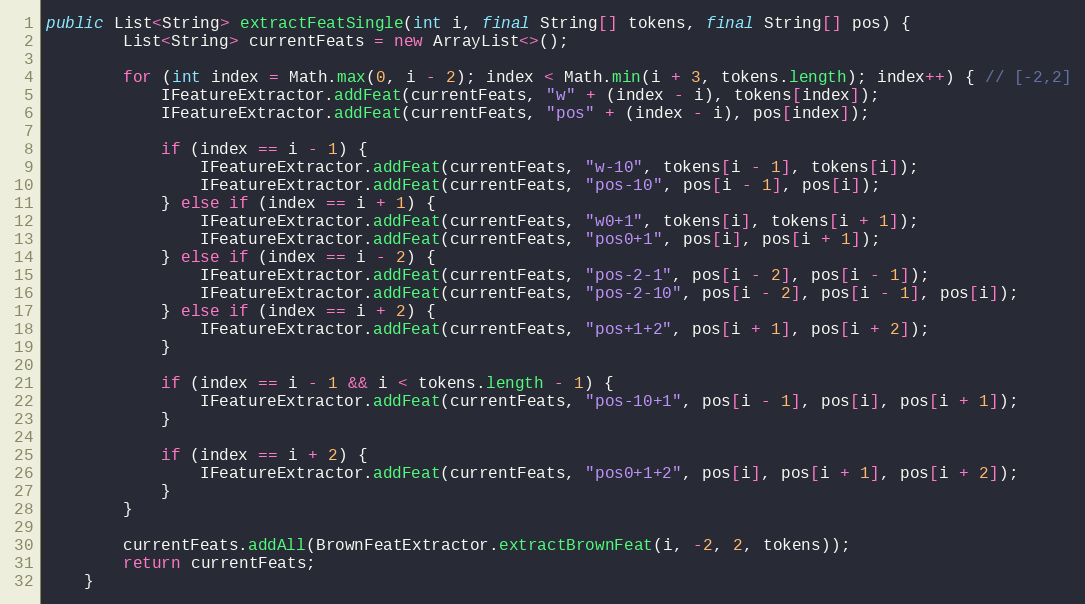
Language: Java
public List<String> extractFeatSingle(int i, final String[] tokens, final String[] pos) {
        List<String> currentFeats = new ArrayList<>();

        for (int index = Math.max(0, i - 2); index < Math.min(i + 3, tokens.length); index++) { // [-2,2]
            IFeatureExtractor.addFeat(currentFeats, "w" + (index - i), tokens[index]);
            IFeatureExtractor.addFeat(currentFeats, "pos" + (index - i), pos[index]);

            if (index == i - 1) {
                IFeatureExtractor.addFeat(currentFeats, "w-10", tokens[i - 1], tokens[i]);
                IFeatureExtractor.addFeat(currentFeats, "pos-10", pos[i - 1], pos[i]);
            } else if (index == i + 1) {
                IFeatureExtractor.addFeat(currentFeats, "w0+1", tokens[i], tokens[i + 1]);
                IFeatureExtractor.addFeat(currentFeats, "pos0+1", pos[i], pos[i + 1]);
            } else if (index == i - 2) {
                IFeatureExtractor.addFeat(currentFeats, "pos-2-1", pos[i - 2], pos[i - 1]);
                IFeatureExtractor.addFeat(currentFeats, "pos-2-10", pos[i - 2], pos[i - 1], pos[i]);
            } else if (index == i + 2) {
                IFeatureExtractor.addFeat(currentFeats, "pos+1+2", pos[i + 1], pos[i + 2]);
            }

            if (index == i - 1 && i < tokens.length - 1) {
                IFeatureExtractor.addFeat(currentFeats, "pos-10+1", pos[i - 1], pos[i], pos[i + 1]);
            }

            if (index == i + 2) {
                IFeatureExtractor.addFeat(currentFeats, "pos0+1+2", pos[i], pos[i + 1], pos[i + 2]);
            }
        }

        currentFeats.addAll(BrownFeatExtractor.extractBrownFeat(i, -2, 2, tokens));
        return currentFeats;
    }